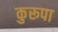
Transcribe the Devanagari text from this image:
कुरूपा